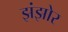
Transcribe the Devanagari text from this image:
झंझोर